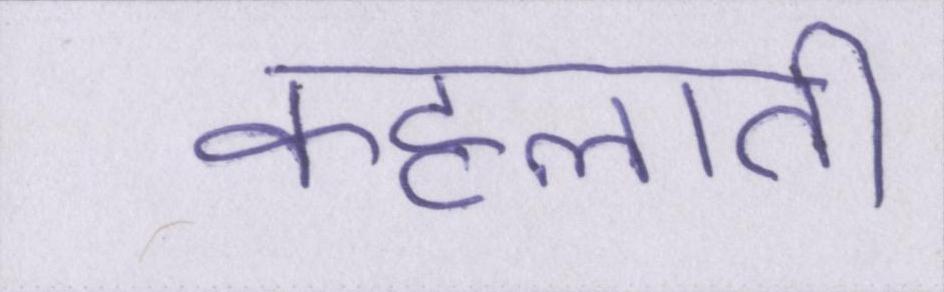
कहलाती